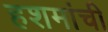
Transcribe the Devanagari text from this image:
हशमांची